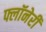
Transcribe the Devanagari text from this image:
फ्लॉनेरी